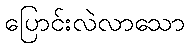
ပြောင်းလဲလာသော